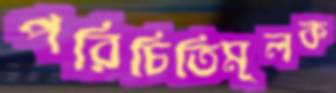
পরিচিতিমূলক